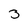
Character: 3